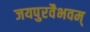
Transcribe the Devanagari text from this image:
जयपुरवैभवम्